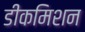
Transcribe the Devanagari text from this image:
डीकमिशन